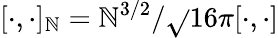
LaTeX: [\cdot,\cdot]_{\mathbb{N}}=\mathbb{N}^{3/2}/\sqrt{}{{16\pi}}[\cdot,\cdot]